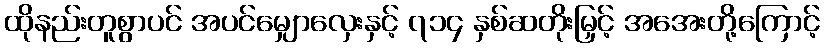
ထိုနည်းတူစွာပင် အပင်မျှောလှေးနှင့် ၇၁၄ နှစ်ဆတိုးမြှင့် အအေးတို့ကြောင့်